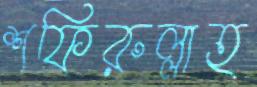
শফিরুল্লাহ